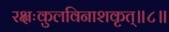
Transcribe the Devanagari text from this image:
रक्षःकुलविनाशकृत्‌॥८॥